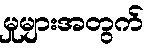
မှုများအတွက်